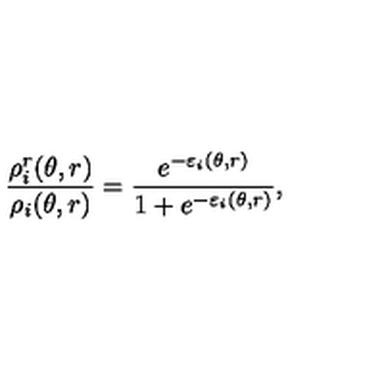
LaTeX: \frac { \rho _ { i } ^ { r } ( \theta , r ) } { \rho _ { i } ( \theta , r ) } = \frac { e ^ { - \varepsilon _ { i } ( \theta , r ) } } { 1 + e ^ { - \varepsilon _ { i } ( \theta , r ) } } ,